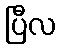
ပြီလ